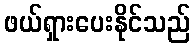
ဖယ်ရှားပေးနိုင်သည်